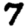
Digit: 7